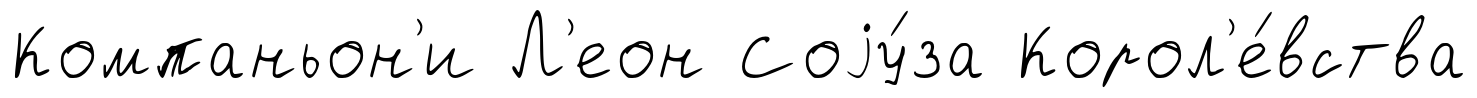
Компаньон'и Л'еон Соjу́за Корол'е́вства